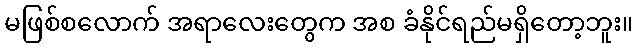
မဖြစ်စလောက် အရာလေးတွေက အစ ခံနိုင်ရည်မရှိတော့ဘူး။